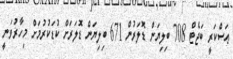
ޢަސްކަރީ ބަޖެޓް 708 ބިލިޔަން ޑޮލަރުން 671 ބިލިޔަން ޑޮލަރަށް ކުޑަކުރުމަށް މިހާރުވަނީ